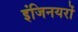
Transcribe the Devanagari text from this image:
इंजिनयरों